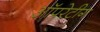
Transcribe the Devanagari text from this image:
ऑपरेटीग